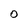
Character: O